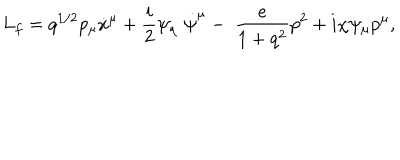
LaTeX: L _ { f } = q ^ { 1 / 2 } p _ { \mu } \dot { x } ^ { \mu } + \frac { i } { 2 } \psi _ { \mu } \; \dot { \psi } ^ { \mu } - \; \frac { e } { 1 + q ^ { 2 } } p ^ { 2 } + i \chi \psi _ { \mu } p ^ { \mu } ,